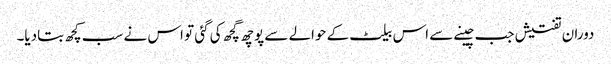
دوران تفتیش جب چینے سے اس بیلٹ کے حوالے سے پوچھ گچھ کی گئی تو اس نے سب کچھ بتادیا۔